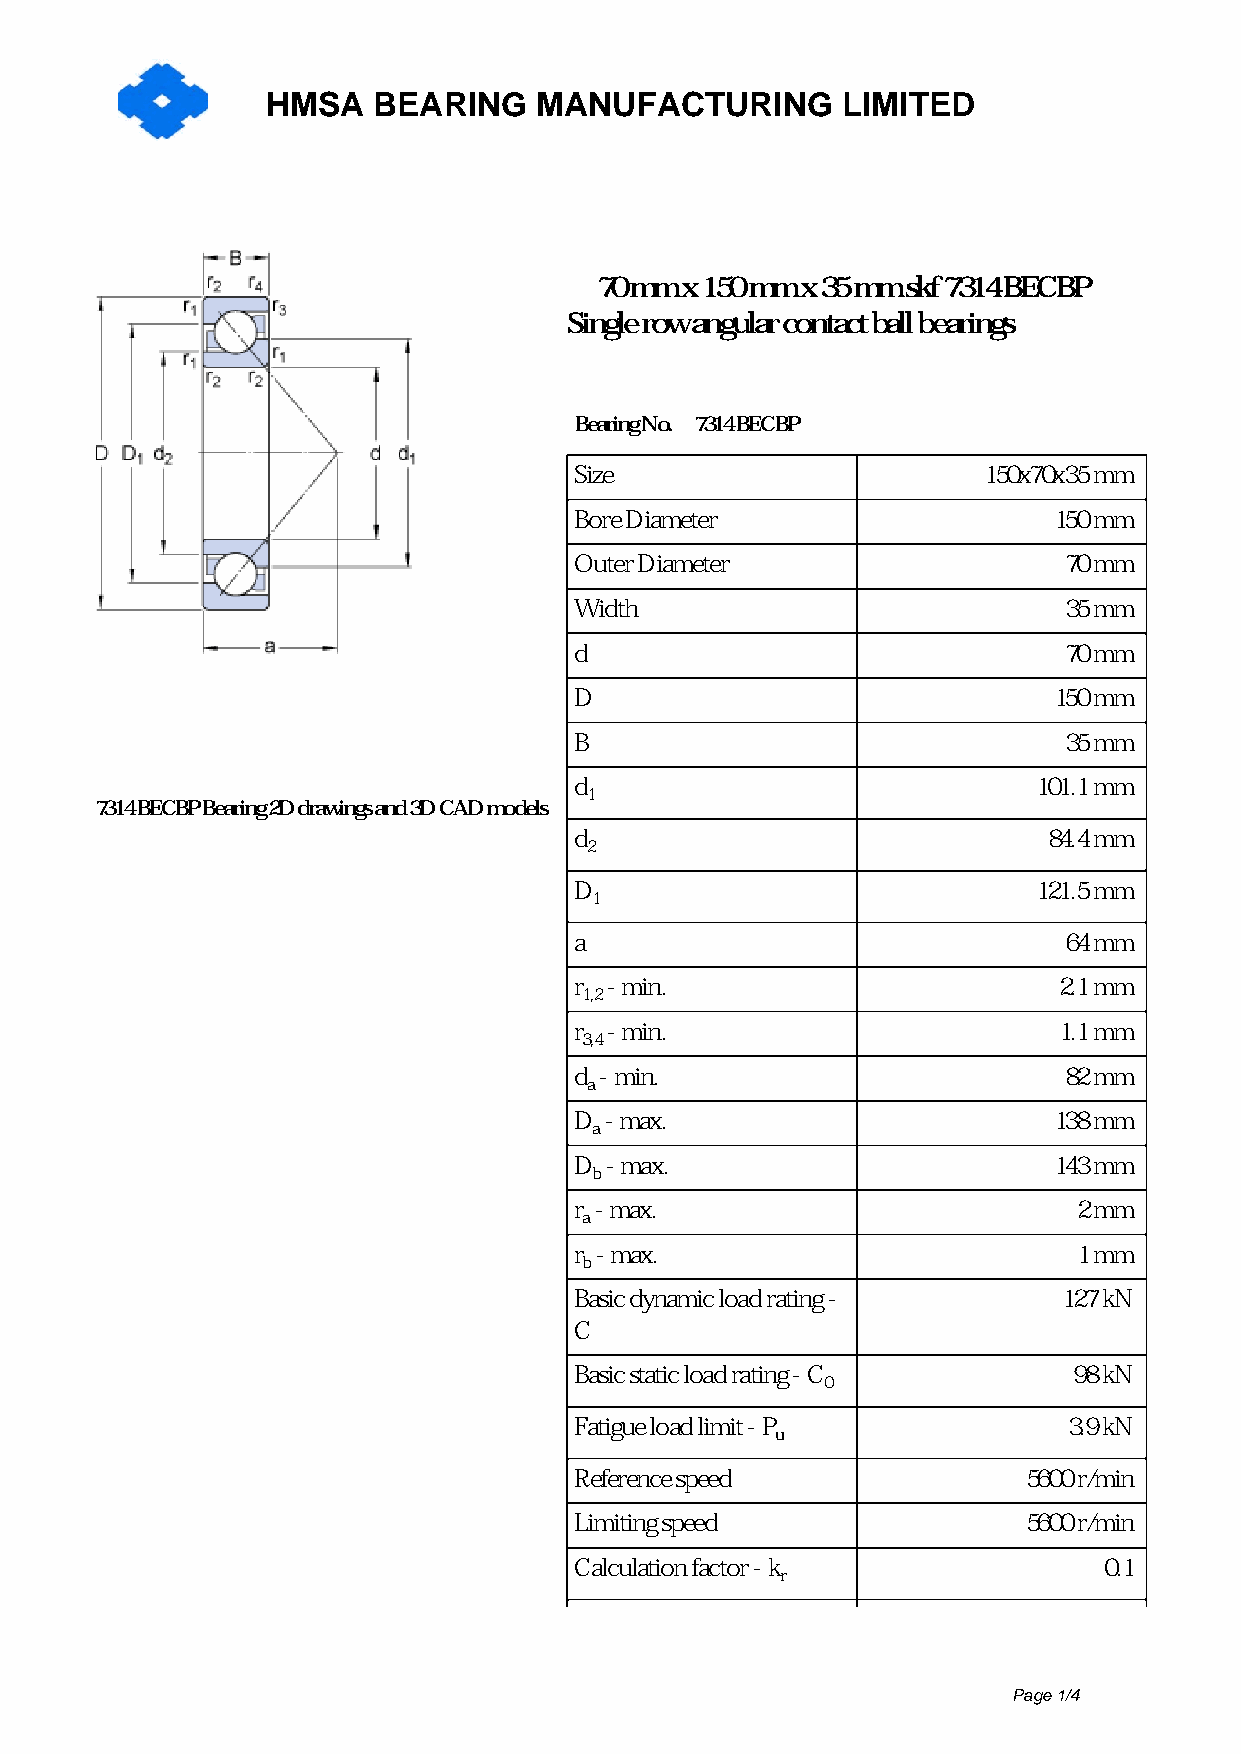
HMSA   BEARING   MANUFACTURING        LIMITED
 70 mm x 150 mm x 35 mm skf 7314 BECBP
 Single row angular contact ball bearings
 Bearing No. 7314 BECBP
 Size                       150x70x35 mm
 Bore Diameter                   150 mm
 Outer Diameter                  70 mm
 Width                           35 mm
 d                               70 mm
 D                               150 mm
 B                               35 mm
 d                              101.1 mm
 1
 7314 BECBP Bearing 2D drawings and 3D CAD models
 d                              84.4 mm
 2
 D                              121.5 mm
 1
 a                               64 mm
 r - min.                        2.1 mm
 1,2
 r - min.                        1.1 mm
 3,4
 d - min.                        82 mm
 a
 D - max.                        138 mm
 a
 D - max.                        143 mm
 b
 r - max.                         2 mm
 a
 r - max.                         1 mm
 b
 Basic dynamic load rating -     127 kN
 C
 Basic static load rating - C     98 kN
 0
 Fatigue load limit - P           3.9 kN
 u
 Reference speed               5600 r/min
 Limiting speed                5600 r/min
 Calculation factor - k             0.1
 r
 Page 1/4